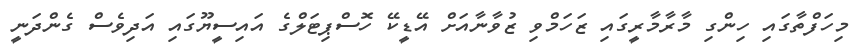
މިހަފްތާގައި ހިންގި މާރާމާރީގައި ޒަހަމްވި ޒުވާނާއަށް އޭޑީކޭ ހޮސްޕިޓަލްގެ އައިސީޔޫގައި އަދިވެސް ގެންދަނީ